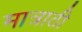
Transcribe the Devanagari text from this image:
मात्राठी